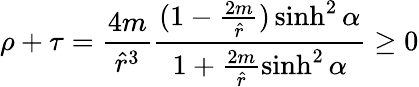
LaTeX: \rho+\tau=\frac{4m}{{\hat{r}}^{3}}\frac{(1-\frac{2m}{\hat{r}})\sinh^{2}\alpha}{1+\frac{2m}{\hat{r}}\sinh^{2}\alpha}\ge 0